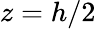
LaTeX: z=h/2